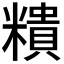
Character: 𥼩